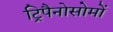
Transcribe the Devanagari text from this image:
ट्रिपैनोसोमों